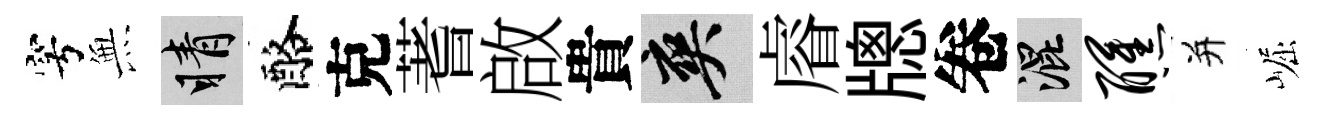
穹𭴾睛酪克蓍啟貴爽𥈠牕卷混醺并崛